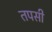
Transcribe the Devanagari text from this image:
तपसी